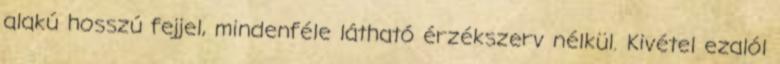
alakú hosszú fejjel, mindenféle látható érzékszerv nélkül. Kivétel ezalól